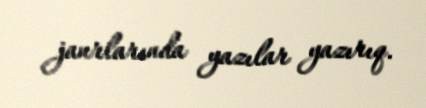
janrlarında yazılar yazırıq.